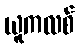
ယူကလစ်